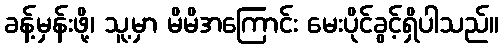
ခန့်မှန်းဖို့၊ သူ့မှာ မိမိအကြောင်း မေးပိုင်ခွင့်ရှိပါသည်။